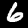
Label: 6